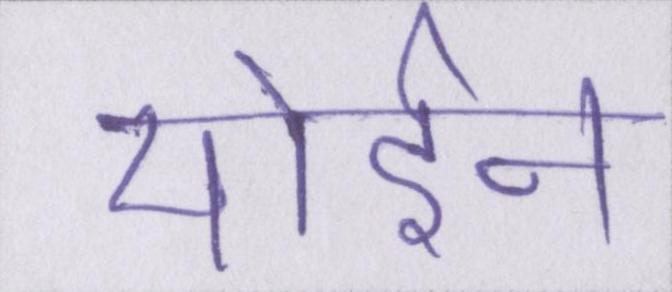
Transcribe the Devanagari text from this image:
मोईन